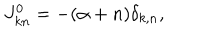
J _ { k n } ^ { 0 } = - ( \alpha + n ) \delta _ { k , n } ,